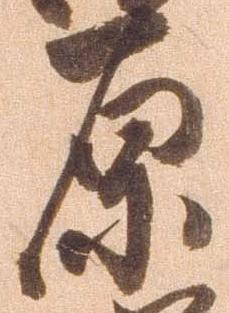
原